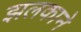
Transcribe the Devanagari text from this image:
झलकाने